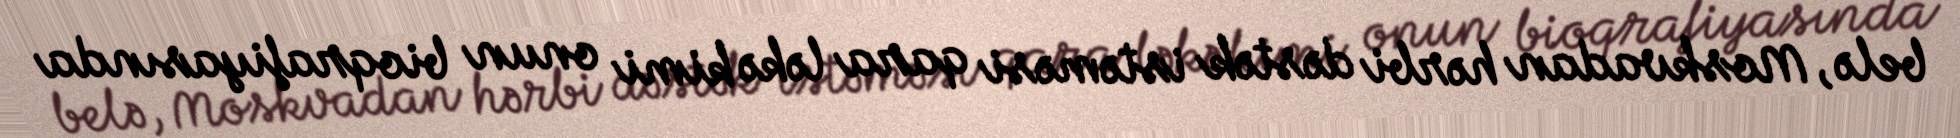
belə, Moskvadan hərbi dəstək istəməsi qara ləkə kimi onun bioqrafiyasında